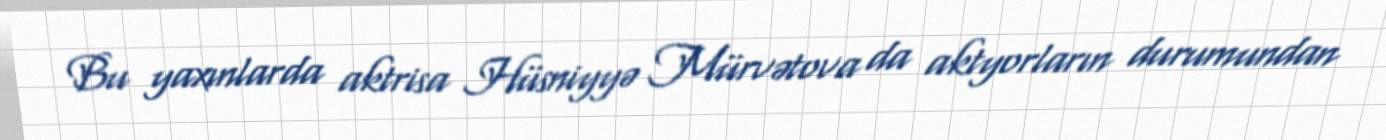
Bu yaxınlarda aktrisa Hüsniyyə Mürvətova da aktyorların durumundan